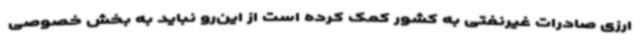
ارزی صادرات غیرنفتی به کشور کمک کرده است از این‌رو نباید به بخش خصوصی